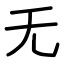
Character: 无